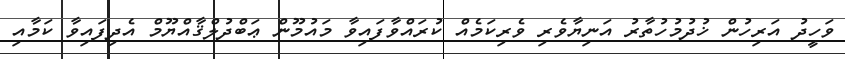
ވަހީދު އަރިހުން ޚުދުމުހުތާރު އަނިޔާވެރި ވެރިކަމެއް ކުރައްވާފައިވާ މައުމޫން ޢަބްދުލްޤާއްޔޫމް އެދިފައިވާ ކަމާއި